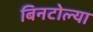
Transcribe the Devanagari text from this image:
बिनटोल्या